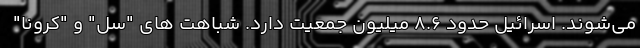
می‌شوند. اسرائیل حدود 8.6 میلیون جمعیت دارد. شباهت ‌های "سل" و "کرونا"